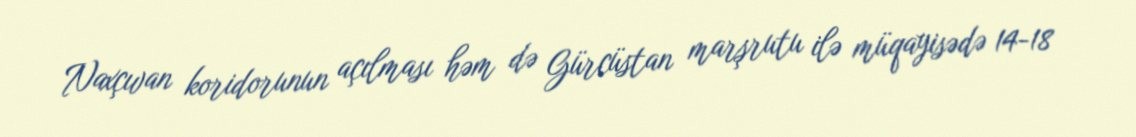
Naxçıvan koridorunun açılması həm də Gürcüstan marşrutu ilə müqayisədə 14-18